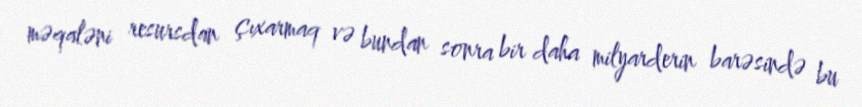
məqaləni resursdan çıxarmaq və bundan sonra bir daha milyarderin barəsində bu